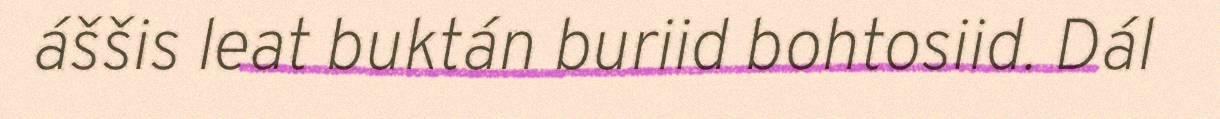
áššis leat buktán buriid bohtosiid. Dál